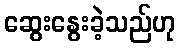
ဆွေးနွေးခဲ့သည်ဟု